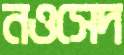
নওসেদ